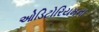
ઓડિટોરિયમના